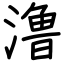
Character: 澛